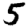
Digit: 5